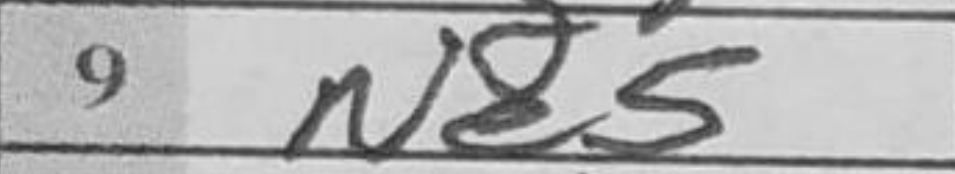
Transcription: Ne5